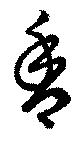
香